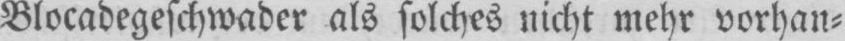
Blocadegeschwader als solches nicht mehr vorhan⸗